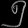
Digit: ၅